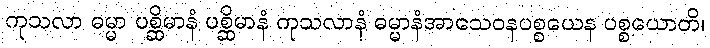
ကုသလာ ဓမ္မာ ပစ္ဆိမာနံ ပစ္ဆိမာနံ ကုသလာနံ ဓမ္မာနံအာသေဝနပစ္စယေန ပစ္စယောတိ၊